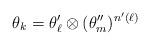
LaTeX: \begin{align*}\theta_k = \theta'_\ell \otimes (\theta''_m)^{n'(\ell)}\end{align*}